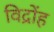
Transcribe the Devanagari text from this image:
विद्रोंह